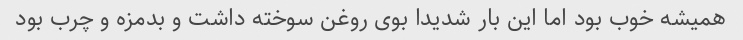
همیشه خوب بود اما این بار شدیدا بوی روغن سوخته داشت و بدمزه و چرب بود